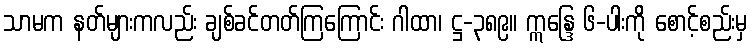
သာမက နတ်များကလည်း ချစ်ခင်တတ်ကြကြောင်း ဂါထာ၊ ဋ္ဌ-၃၈၉။ ဣန္ဒြေ ၆-ပါးကို စောင့်စည်းမှ